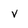
Character: v